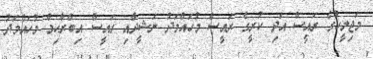
މަޖިލީހުގެ ރައީސް އަދި ކުރީގެ ރައީސް މުހައްމަދު ނަޝީދާއި ރައީސް އިބްރާހިމް މުހައްމަދު